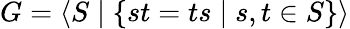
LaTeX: G=\langle S\mid\{ st=ts\mid s,t\in S\} \rangle